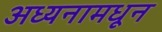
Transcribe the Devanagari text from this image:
अध्यनामधून